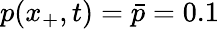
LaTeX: p(x_{+},t)=\bar{p}=0.1